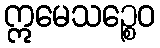
ဣမေသဉ္စေဝ